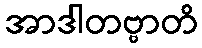
အာဒါတဗ္ဗာတိ